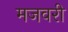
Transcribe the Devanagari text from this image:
मजवरी